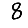
Digit: 8